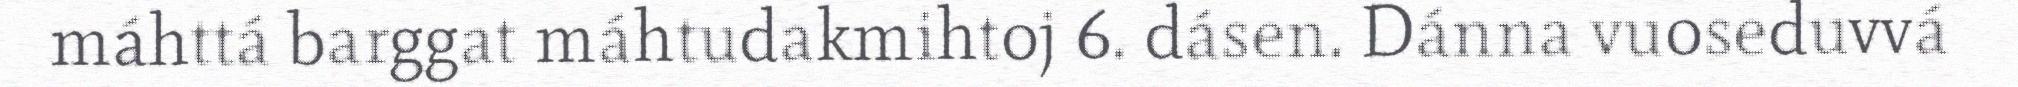
máhttá barggat máhtudakmihtoj 6. dásen. Dánna vuoseduvvá